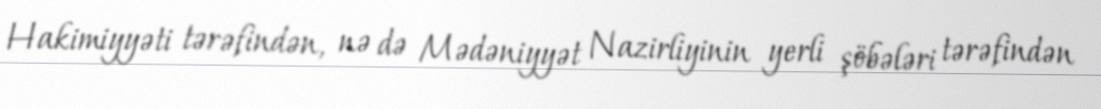
Hakimiyyəti tərəfindən, nə də Mədəniyyət Nazirliyinin yerli şöbələri tərəfindən